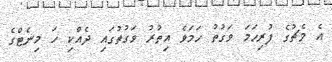
އެ މެޗުގެ ފުރިހަމަ ވަގުތު ހަމަވެ އިތުރު ވަގުތުގައި ދެއްކި ހަ މިނެޓްގެ